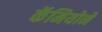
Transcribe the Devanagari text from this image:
कॅमियोने